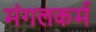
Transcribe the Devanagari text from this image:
मंगलकर्म